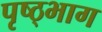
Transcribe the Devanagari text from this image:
पृष्ठ्भाग